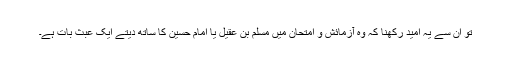
تو ان سے یہ امید رکھنا کہ وہ آزمائش و امتحان میں مسلم بن عقیل یا امام حسین کا ساتھ دیتے ایک عبث بات ہے۔